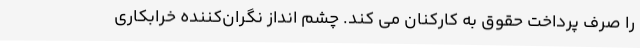
را صرف پرداخت حقوق به کارکنان می کند. چشم انداز نگران‌کننده خرابکاری